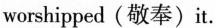
worshipped (敬奉)it.